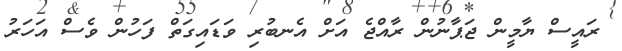
ރައީސް ޔާމީން ޖަޕާނުން ރާއްޖެ އަށް އެނބުރި ވަޑައިގަތް ފަހުން ވެސް އަހަރު